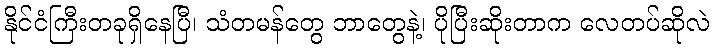
နိုင်ငံကြီးတခုရှိနေပြီ၊ သံတမန်တွေ ဘာတွေနဲ့၊ ပိုပြီးဆိုးတာက လေတပ်ဆိုလဲ